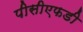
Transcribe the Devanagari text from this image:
पीसीएफडी